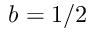
b = 1 / 2